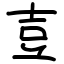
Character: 壴